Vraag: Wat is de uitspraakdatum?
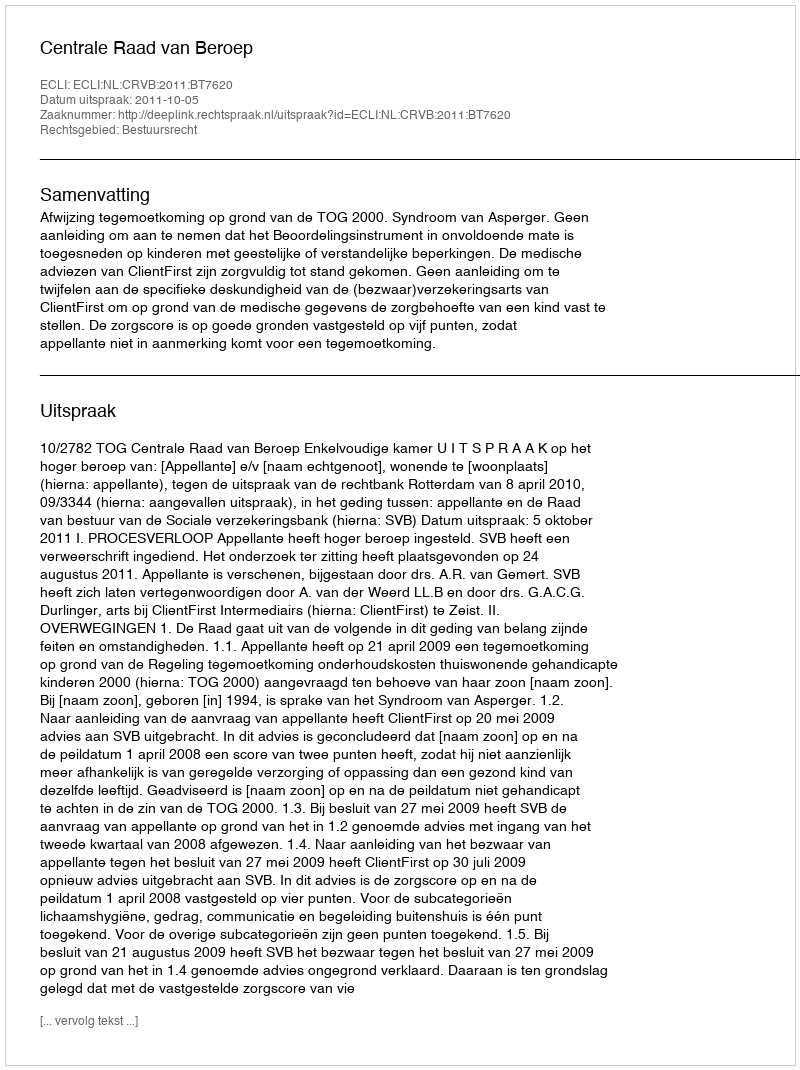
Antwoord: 2011-10-05